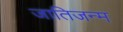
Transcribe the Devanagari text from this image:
जातिजन्म